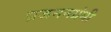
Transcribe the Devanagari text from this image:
प्रजननग्रंथी